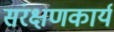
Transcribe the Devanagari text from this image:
संरक्षणकार्य